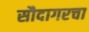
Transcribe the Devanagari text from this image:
सौदागरचा